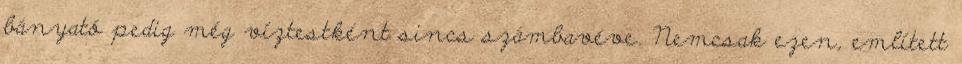
bányató pedig még víztestként sincs számbavéve. Nemcsak ezen, említett